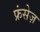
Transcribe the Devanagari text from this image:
फ्रंसेज़